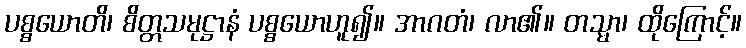
ပစ္စယောတိ၊ စိတ္တသမုဋ္ဌာနံ ပစ္စယောဟူ၍။ အာဂတံ၊ လာ၏။ တသ္မာ၊ ထိုကြောင့်။